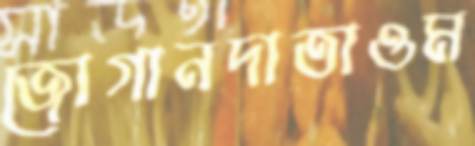
জোগানদাতাওম